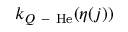
k _ { Q \mathrm { ~ - ~ } \mathrm { H e } } ( \eta ( j ) )